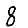
Digit: 8